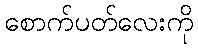
စောက်ပတ်လေးကို